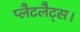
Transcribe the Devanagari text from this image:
प्लैटलैट्स।